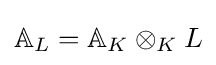
\mathbb {A} _{L}=\mathbb {A} _{K}\otimes _{K}L